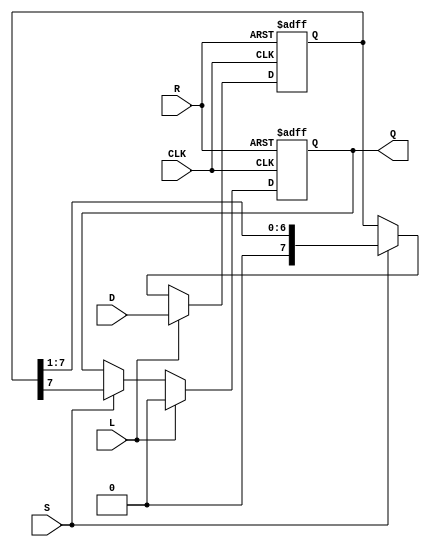
module PISO_Register #(parameter n = 8) (
    input wire [n-1:0] D,    // Parallel Data Input
    input wire L,            // Load Control Signal
    input wire CLK,          // Clock Signal
    input wire S,            // Shift Control Signal
    input wire R,            // Reset Signal
    output reg Q             // Serial Output
);

    reg [n-1:0] shift_reg;    // Internal shift register

    always @(posedge CLK or posedge R) begin
        if (R) begin
            // Asynchronous reset
            shift_reg <= {n{1'b0}}; // Clear the register
            Q <= 1'b0;             // Clear the serial output
        end else if (L) begin
            // Load parallel data
            shift_reg <= D;
            Q <= 1'b0;             // Clear the serial output when loading
        end else if (S) begin
            // Shift data serially
            Q <= shift_reg[n-1];   // Output the MSB (or LSB depending on design)
            shift_reg <= {1'b0, shift_reg[n-1:1]}; // Shift right, fill with 0
        end
    end

endmodule